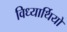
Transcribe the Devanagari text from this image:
विध्यार्थियों